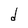
Character: d